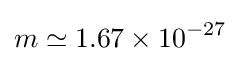
m\simeq 1.67\times 10^{-27}